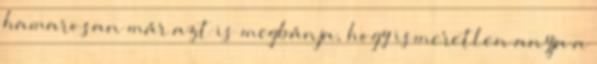
hamarosan már azt is megbánja, hogy ismeretlen anyja a